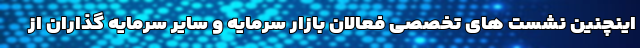
اینچنین نشست های تخصصی فعالان بازار سرمایه و سایر سرمایه گذاران از